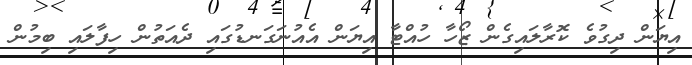
އިޔަން ދިގުވެ ކޮރާލައިގެން ޒޯހާ ހުއްޓާ އިޔަން އެއުނަގަނޑުގައި ދެއަތުން ހިފާލައި ބިމުން